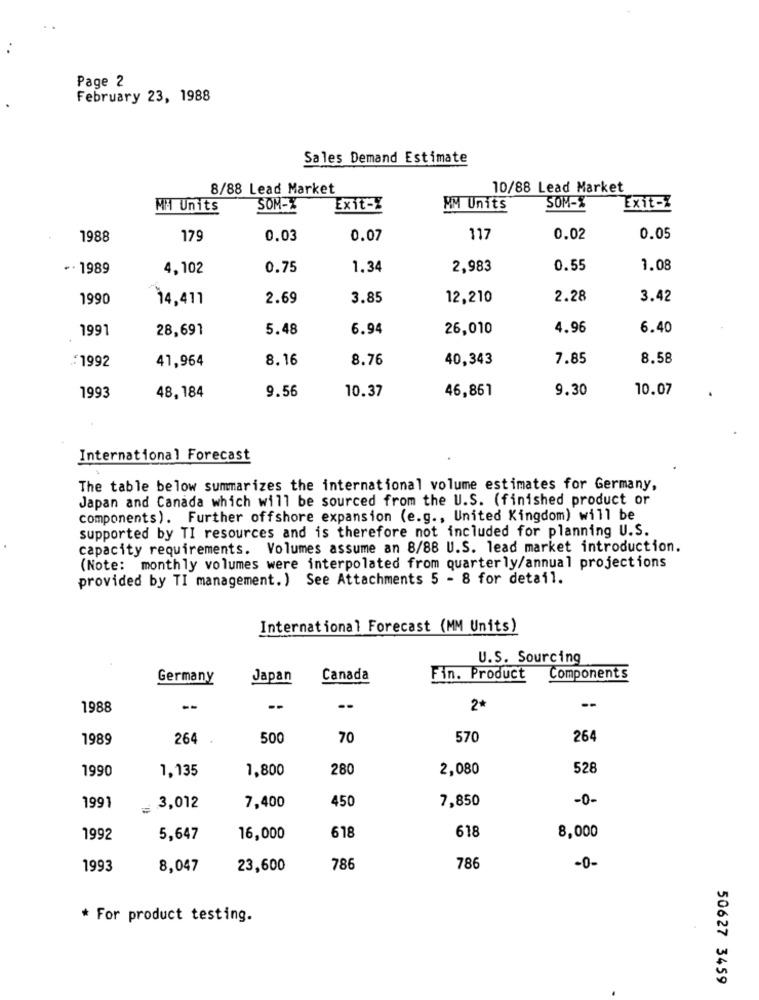
Page 2
February 23, 1988
Sales Demand Estimate
8/88 Lead Market
10/88 Lead Market
MM Units
SOM-2
Exit-Z
MM Units
SOM-
Exit-Z
1988
179
0.03
0.07
117
0.02
0.05
+. 1989
4,102
0.75
1.34
2,983
0.55
1.08
1990
14,411
2.69
3.85
12,210
2.28
3.42
1991
28,691
5.48
6.94
26,010
4.96
6.40
:1992
41,964
8.16
8.76
40,343
7.85
8.58
9.56
10.37
46,861
9.30
10.07
1993
48,184
International Forecast
The table below summarizes the international volume estimates for Germany,
Japan and Canada which will be sourced from the U.S. (finished product or
components). Further offshore expansion (e.g ., United Kingdom) will be
supported by TI resources and is therefore not included for planning U.S.
capacity requirements. Volumes assume an 8/88 U.S. lead market introduction.
(Note: monthly volumes were interpolated from quarterly/annual projections
provided by TI management. ) See Attachments 5 - 8 for detail.
International Forecast (MM Units)
U.S. Sourcing
Germany
Japan
Canada
Fin. Product
Components
--
1988
--
--
--
2*
1989
264
500
70
570
26
1990
1,135
1,800
280
2,080
528
450
7,850
-0-
1991
3,012
7,400
618
618
1992
5,647
16,000
8,000
1993
8,047
23,600
786
786
-0-
* For product testing.
50627 3459